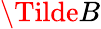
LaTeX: \Tilde{B}